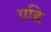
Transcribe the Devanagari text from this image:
ग्रह्णि